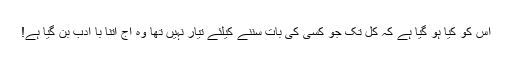
اس کو کیا ہو گیا ہے کہ کل تک جو کسی کی بات سننے کیلئے تیار نہیں تھا وہ آج اتنا با ادب بن گیا ہے!